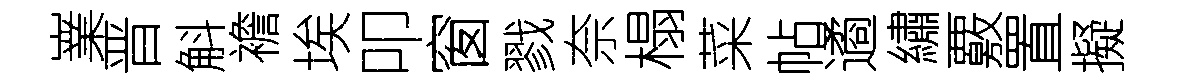
嶪晋斛襜埃叩窗戮奈榻菜帖遹繡覈置擬